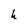
Character: h